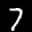
Label: 7